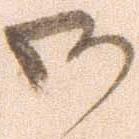
御